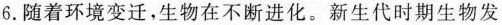
6.随着环境变迁，生物在不断进化。新生代时期生物发